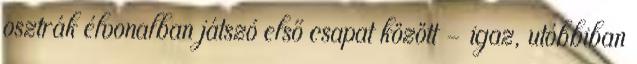
osztrák élvonalban játszó első csapat között – igaz, utóbbiban